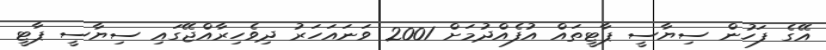
އޭގެ ފަހުން ސިޔާސީ ޕާޓީތައް އުފެއްދުމަށް 2001 ވަނައަހަރު ދިވެހިރާއްޖޭގައި ސިޔާސީ ޕާޓީ